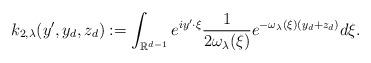
LaTeX: \begin{align*}k_{2,\lambda}(y',y_d,z_d):=\int_{\mathbb R^{d-1}} e^{iy'\cdot \xi} \frac{1}{2\omega_\lambda(\xi)} e^{-\omega_\lambda(\xi)(y_d+z_d)}d\xi.\end{align*}